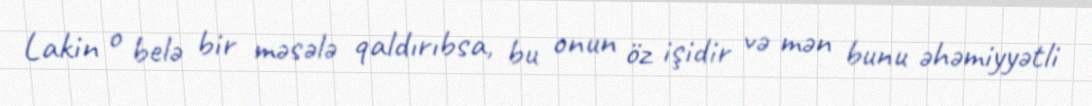
Lakin o belə bir məsələ qaldırıbsa, bu onun öz işidir və mən bunu əhəmiyyətli